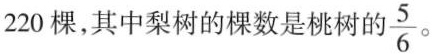
220棵，其中梨树的棵数是桃树的\frac{5}{6}。